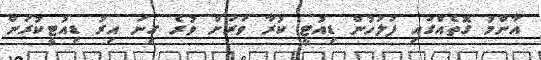
އާންމު ގޮތެއްގައި ފުލުހުން ޑިއުޓީ ކުރާ ވަރަށް ވުރެ ގިނަ އިރު ޑިއުޓީކުރަން